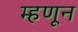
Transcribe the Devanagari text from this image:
म्हणून